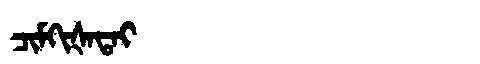
Manchu: ᠴᡳᠮᡴᡳᡧᠠᡨᠠᡳ
Romanization: CIMKIŠATAI